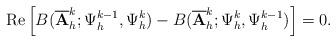
LaTeX: \begin{align*}\mathrm{Re}\left[B(\overline{\mathbf{A}}_{h}^{k};\Psi_{h}^{k-1},\Psi_{h}^{k})-B(\overline{\mathbf{A}}_{h}^{k};\Psi_{h}^{k},\Psi_{h}^{k-1})\right] = 0.\end{align*}